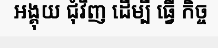
អង្គុយ ជុំវិញ ដើម្បី ធ្វើ កិច្ច